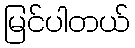
မြင်ပါတယ်